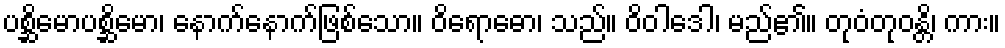
ပစ္ဆိမောပစ္ဆိမော၊ နောက်နောက်ဖြစ်သော။ ဝိရောဓော၊ သည်။ ဝိဝါဒေါ၊ မည်၏။ တုဝံတုဝန္တိ၊ ကား။